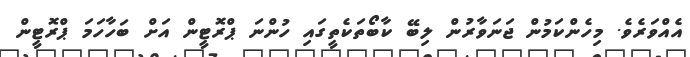
އެއްވަރެވެ. މިހެންކަމުން ޖަނަވާރުން ލިބޭ ކާބޯތަކެތީގައި ހުންނަ ޕްރޮޓީން އަށް ބަހާހަމަ ޕްރޮޓީން